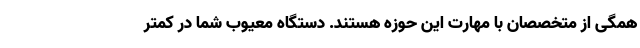
همگی از متخصصان با مهارت این حوزه هستند. دستگاه معیوب شما در کمتر